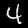
Label: 4